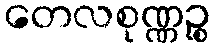
တေလစုဏ္ဏဉ္စ